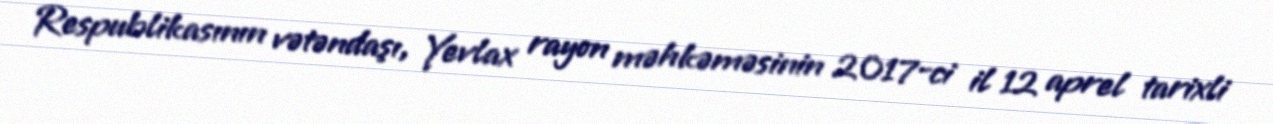
Respublikasının vətəndaşı, Yevlax rayon məhkəməsinin 2017-ci il 12 aprel tarixli